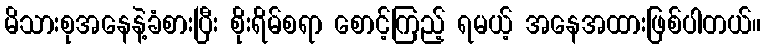
မိသားစုအနေနဲ့ခံစားပြီး စိုးရိမ်စရာ စောင့်ကြည့် ရမယ့် အနေအထားဖြစ်ပါတယ်။